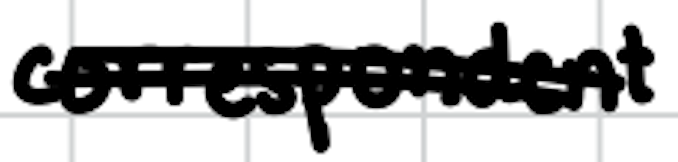
Text: correspondent
Cross-out: double-line
Writing tool: digital_black